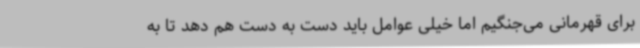
برای قهرمانی می‌جنگیم اما خیلی عوامل باید دست به دست هم دهد تا به